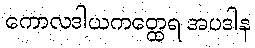
ကောလဒါယကတ္ထေရ အပဒါန